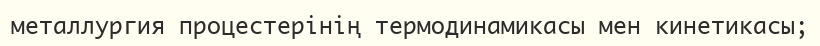
металлургия процестерінің термодинамикасы мен кинетикасы;